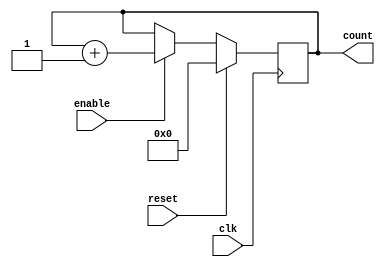
module BinaryUpCounter (
    input wire clk,
    input wire reset,
    input wire enable,
    output reg [7:0] count
);

always @(posedge clk) begin
    if (reset) begin
        count <= 8'b0;
    end else if (enable) begin
        count <= count + 1;
    end
end

endmodule